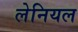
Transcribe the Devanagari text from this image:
लेनियल